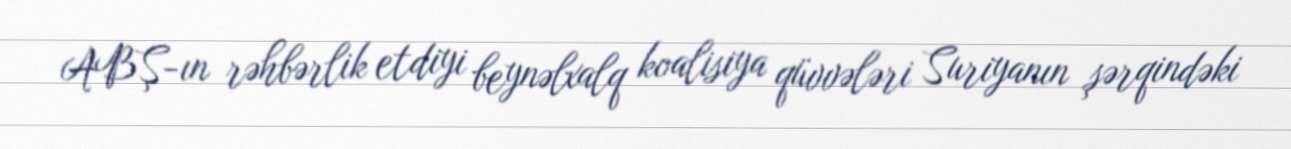
ABŞ-ın rəhbərlik etdiyi beynəlxalq koalisiya qüvvələri Suriyanın şərqindəki